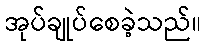
အုပ်ချုပ်စေခဲ့သည်။